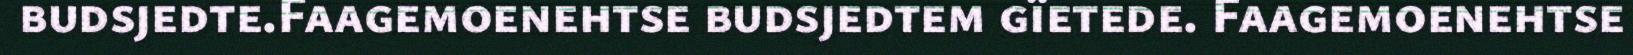
budsjedte.Faagemoenehtse budsjedtem gïetede. Faagemoenehtse